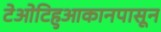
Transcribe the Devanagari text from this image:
टेओटिहुआकानपासून